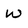
Character: W